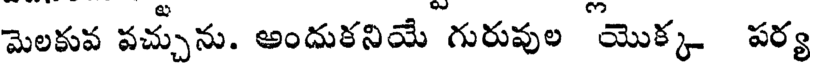
మెలకువ వచ్చును. అందుకనియే గురువుల యొక్క పర్య